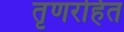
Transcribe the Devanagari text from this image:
तृणरहित